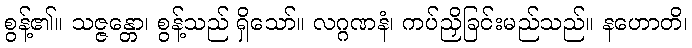
စွန့်၏။ သဇ္ဇန္တော၊ စွန့်သည် ရှိသော်။ လဂ္ဂဏနံ၊ ကပ်ညှိခြင်းမည်သည်။ နဟောတိ၊